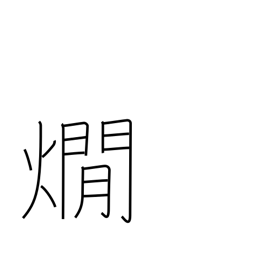
Meaning: warming sake